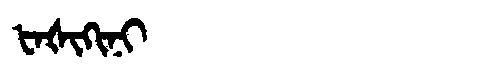
Manchu: ᡶᠠᡧᡳᡴᡳᠨᡳ
Romanization: FAŠIKINI